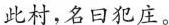
此村,名曰犯庄。